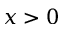
x > 0